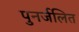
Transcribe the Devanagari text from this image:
पुनर्जलित